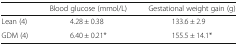
<table><thead><tr><td></td><td><b>Blood glucose (mmol/L)</b></td><td><b>Gestational weight gain (g)</b></td></tr></thead><tbody><tr><td>Lean (4)</td><td>4.28 ± 0.38</td><td>133.6 ± 2.9</td></tr><tr><td>GDM (4)</td><td>6.40 ± 0.21*</td><td>155.5 ± 14.1*</td></tr></tbody></table>